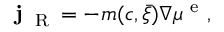
{ \bf j } _ { \mathrm { ~ \tiny ~ R ~ } } = - m ( c , \bar { \xi } ) \nabla \mu ^ { \mathrm { ~ e ~ } } ,